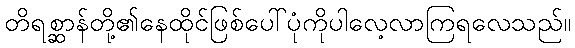
တိရစ္ဆာန်တို့၏နေထိုင်ဖြစ်ပေါ်ပုံကိုပါလေ့လာကြရလေသည်။